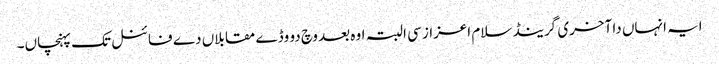
ایہ انہاں دا آخری گرینڈ سلام اعزاز سی البتہ اوہ بعد وچ دو وڈے مقابلاں دے فائنل تک پہنچاں۔